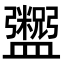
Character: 𬑂